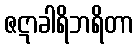
ဇဋာခါရိဘရိတာ